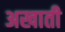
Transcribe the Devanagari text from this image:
अखाती